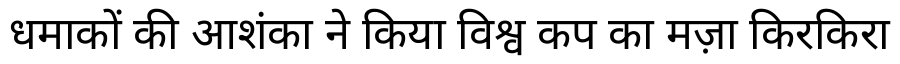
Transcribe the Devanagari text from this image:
धमाकों की आशंका ने किया विश्व कप का मज़ा किरकिरा